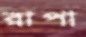
রাপা